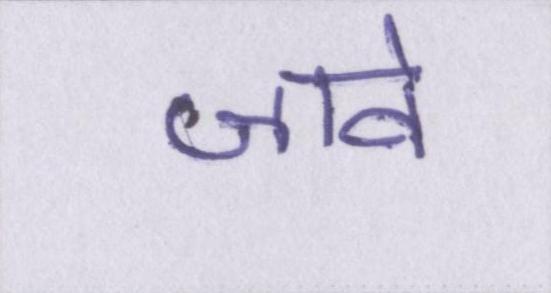
जावे